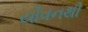
યૌવનથી